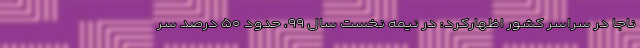
ناجا در سراسر کشور اظهارکرد: در نیمه نخست سال ۹۹، حدود ۵۰ درصد سر